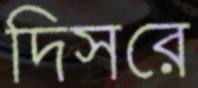
দিসরে